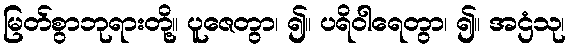
မြတ်စွာဘုရားတို့။ ပူဇေတွာ၊ ၍။ ပရိဝါရေတွာ၊ ၍။ အဌံသု၊